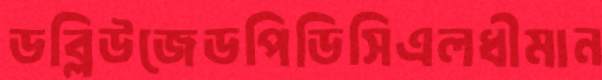
ডব্লিউজেডপিডিসিএলধীমান